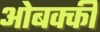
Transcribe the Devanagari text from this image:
ओबक्की